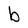
Character: b